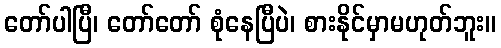
တော်ပါပြီ၊ တော်တော် စုံနေပြီပဲ၊ စားနိုင်မှာမဟုတ်ဘူး။